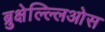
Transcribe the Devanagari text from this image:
ब्रुक्षेल्ल्लिओस